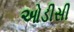
ઓડીસી